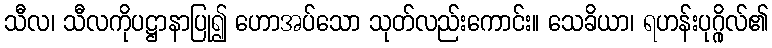
သီလ၊ သီလကိုပဋ္ဌာနာပြု၍ ဟောအပ်သော သုတ်လည်းကောင်း။ သေခိယာ၊ ရဟန်းပုဂ္ဂိုလ်၏